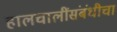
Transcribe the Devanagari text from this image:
हालचालींसंबंधीचा